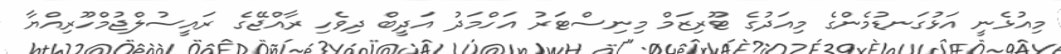
މިއުޅެނީ އަޅުގަނޑުމެންގެ މިއަދުގެ ޓޫރިޒަމް މިނިސްޓަރު އަހްމަދު އަދީބް ދިވެހި ރާއްޖޭގެ ރައީސުލްޖުމްހޫރިއްޔާ